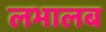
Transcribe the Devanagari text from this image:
लभालब